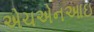
એચએનઆઇ